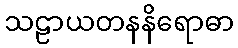
သဠာယတနနိရောဓာ